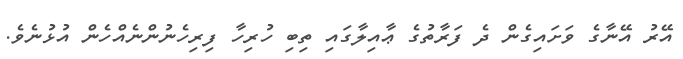
އޭރު އޭނާގެ ވަށައިގެން ދެ ފަރާތުގެ ޢާއިލާގައި ތިބި ހުރިހާ ފިރިހެނުންނެއްހެން އުޅުނެވެ.